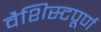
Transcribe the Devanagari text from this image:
वैशिस्टपूर्ण